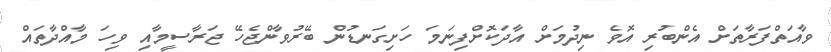
ވާއަތްފަރާތަށް އެންބުރި އޮވެ ނިދުމަށް އާދަކޮށްފިނަމަ ހަށިގަނޑުން ބޭރުވާންޖެހޭ ޖަރާސީމާއި ވިހަ މާއްދާތައް